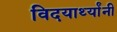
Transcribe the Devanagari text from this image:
विदयार्थ्‍यांनी